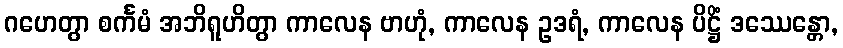
ဂဟေတွာ စင်္ကမံ အဘိရူဟိတွာ ကာလေန ဗာဟုံ, ကာလေန ဥဒရံ, ကာလေန ပိဋ္ဌိံ ဒဿေန္တော,